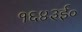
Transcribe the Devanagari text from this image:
१६४३ई०